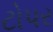
ટોપર